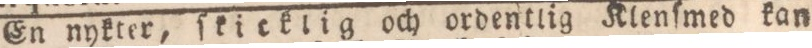
En nykter, ſkicklig och ordentlig Klenſmed kan